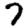
Digit: 7